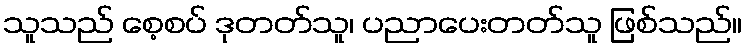
သူသည် စေ့စပ် ဒုတတ်သူ၊ ပညာပေးတတ်သူ ဖြစ်သည်။